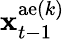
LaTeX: {\mathbf x}_{t-1}^{\mathrm{ae}(k)}